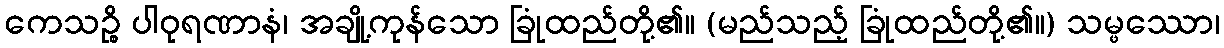
ကေသဉ္စိ ပါဝုရဏာနံ၊ အချို့ကုန်သော ခြုံထည်တို့၏။ (မည်သည့် ခြုံထည်တို့၏။) သမ္ဖဿော၊